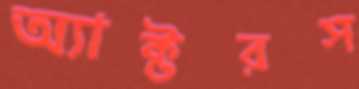
অ্যাক্টরস